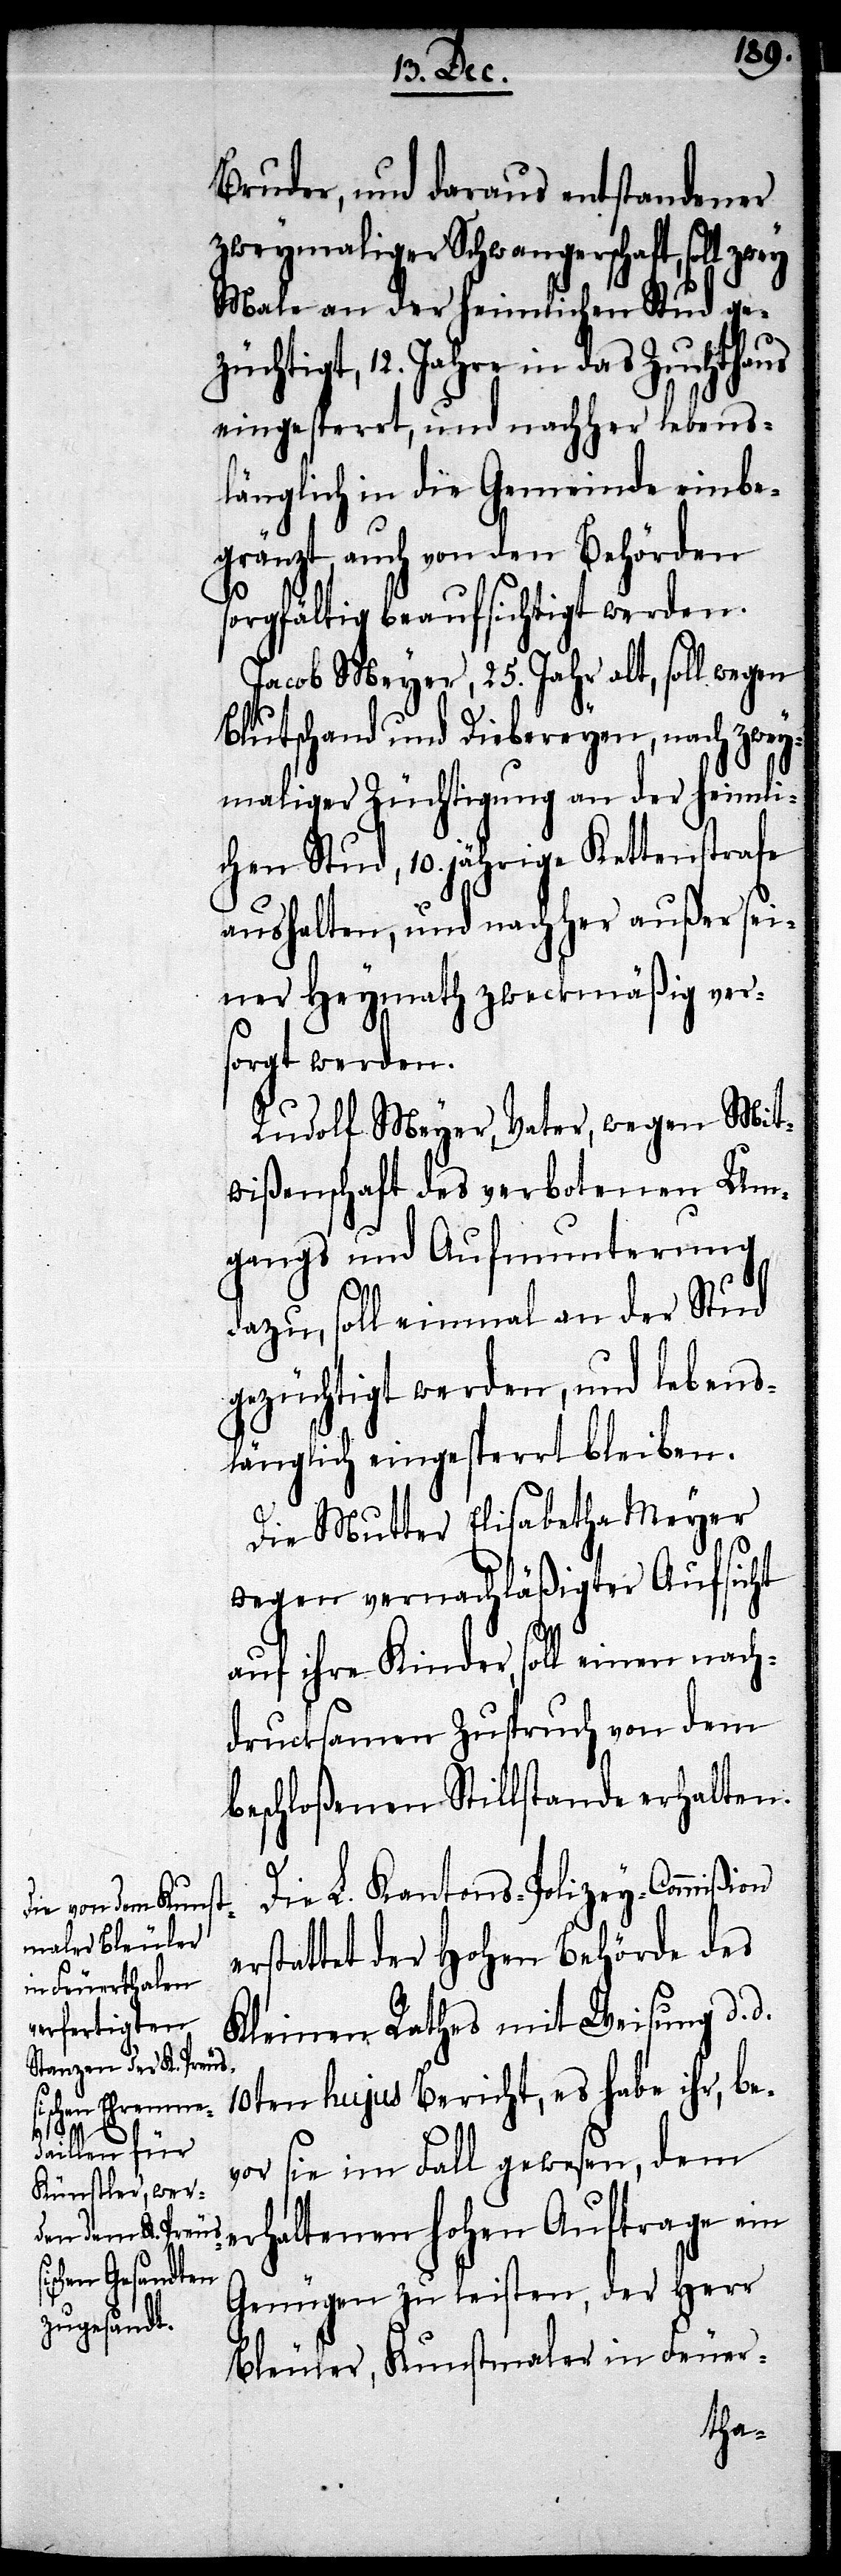
Bruder, und daraus entstandener
zweymaliger Schwangerschaft, soll
Male an der heimlichen Stud ge¬
züchtigt, 12. Jahre in das Zuchthaus
eingesperrt, und nachher lebens¬
länglich in die Gemeinde einbe¬
gränzt, auch von den Behörden
sorgfältig beaufsichtigt werden.
Jacob Meyer, 25. Jahr alt, soll wegen
Blutschand und Diebereyen, nach zwey¬
maliger Züchtigung an der heimli¬
chen Stud, 10. jährige Kettenstrafe
aushalten, und nachher außer sei¬
ner Heymath zweckmäßig ver¬
sorgt werden.
Rudolf Meyer, Vater, wegen Mit¬
wißenschaft des verbotenen Um¬
gangs und Aufmunterung
dazu, soll einmal an der Stud
gezüchtigt werden, und lebens¬
länglich eingesperrt bleiben.
Die Mutter Elisabetha Meyer
wegen vernachläßigter Aufsicht
auf ihre Kinder, soll einen nach¬
drucksamen Zuspruch von dem
beschloßenen Stillstande erhalten.
Die L. Kantons-Polizey-Commißion
rstattet der Hohen Behörde des
Kleinen Rathes mit Weisung d. d.
10ten hujus Bericht, es habe ihr, be¬
vor sie im Fall gewesen, dem
erhaltenen Hohen Auftrage ein
Genügen zu leisten, der Herr
Bleuler, Kunstmaler in Feuer-
e¬